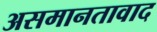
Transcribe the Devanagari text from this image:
असमानतावाद